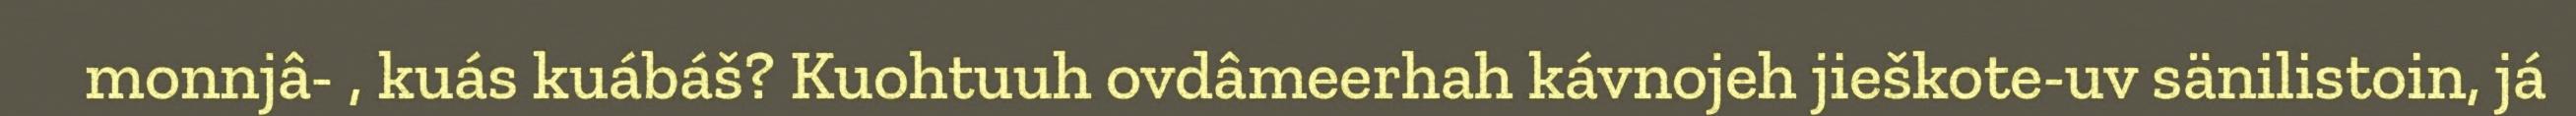
monnjâ- , kuás kuábáš? Kuohtuuh ovdâmeerhah kávnojeh jieškote-uv sänilistoin, já